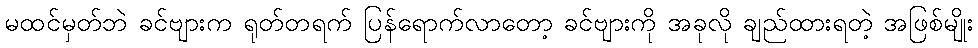
မထင်မှတ်ဘဲ ခင်ဗျားက ရုတ်တရက် ပြန်ရောက်လာတော့ ခင်ဗျားကို အခုလို ချည်ထားရတဲ့ အဖြစ်မျိုး